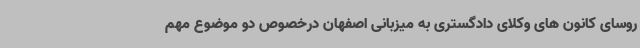
روسای کانون های وکلای دادگستری به میزبانی اصفهان درخصوص دو موضوع مهم